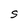
Character: S